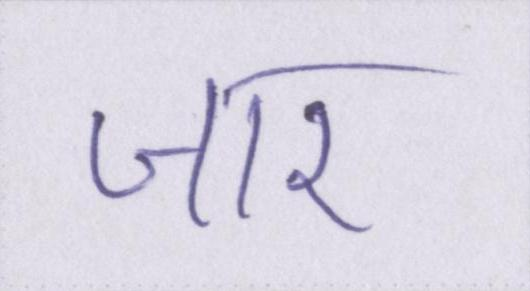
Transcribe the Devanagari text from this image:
जार